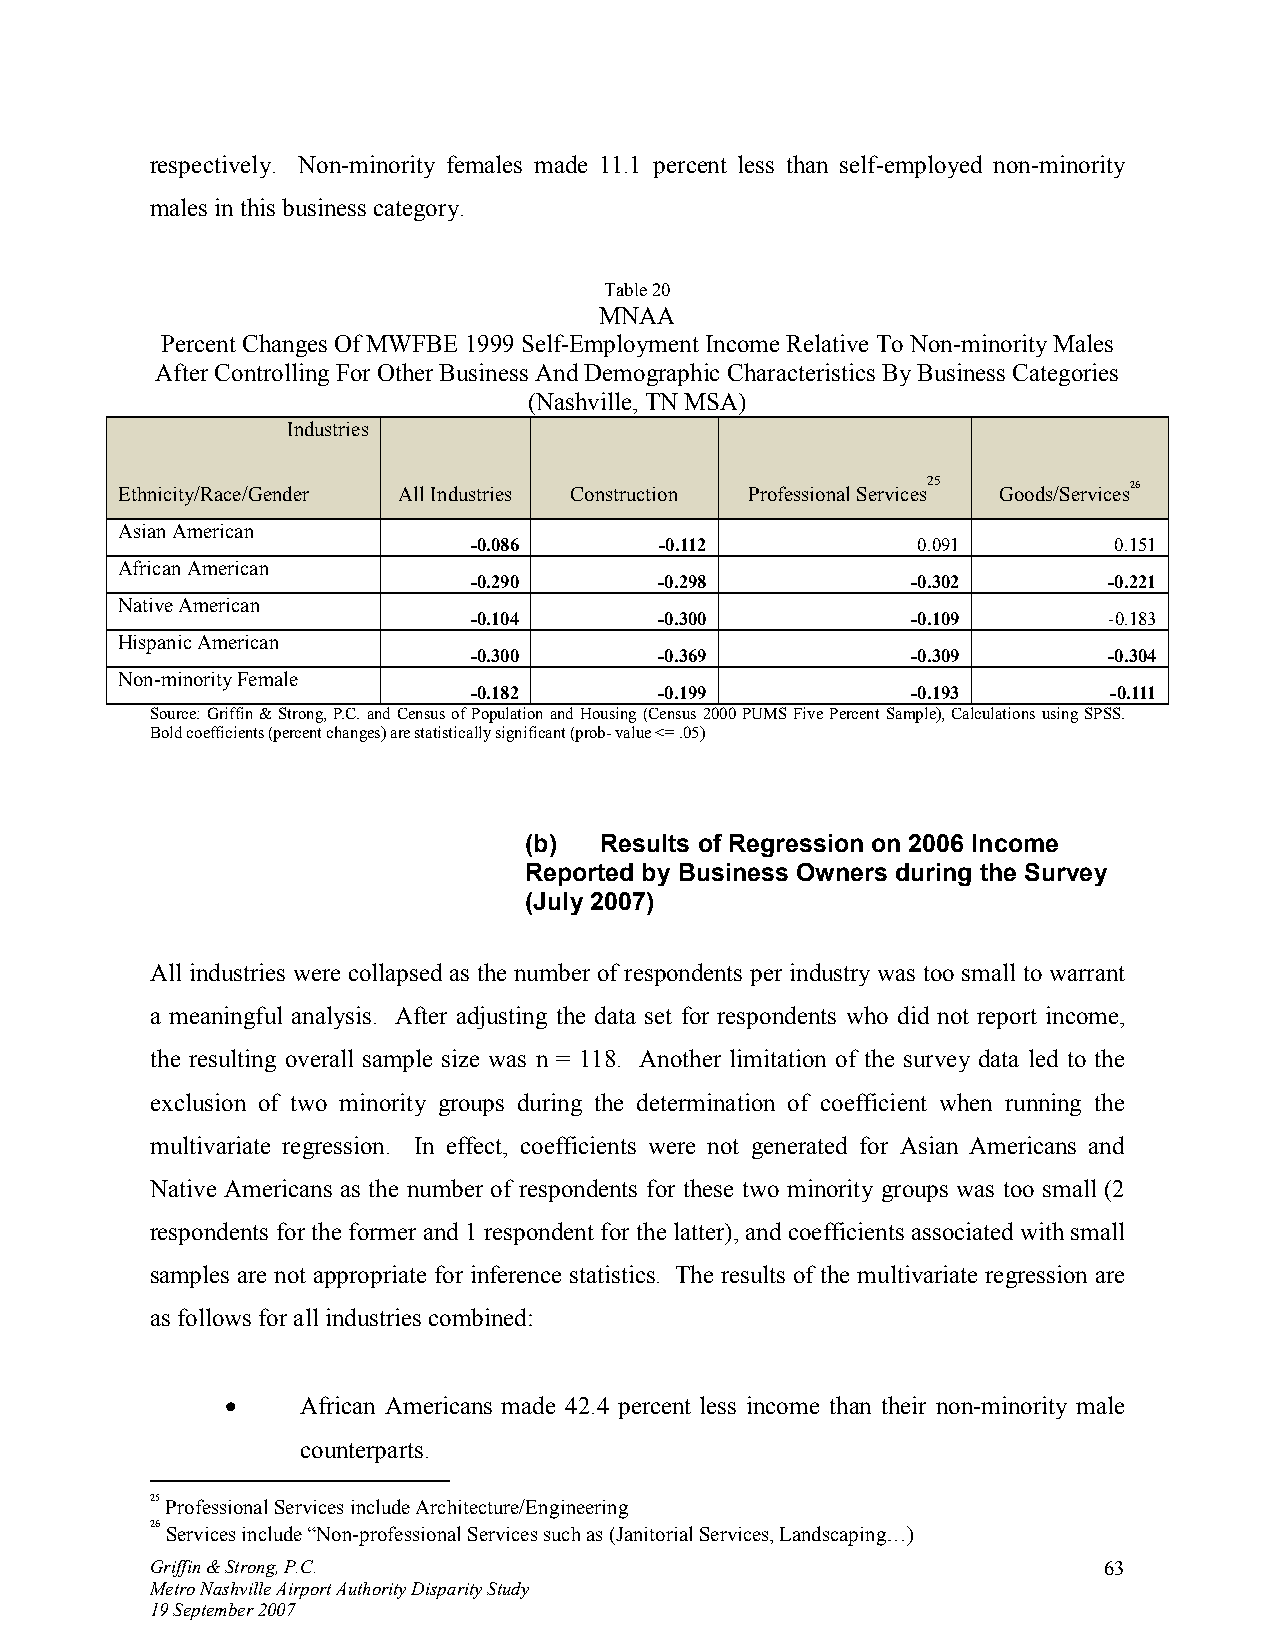
respectively. Non-minority females made 11.1 percent less than self-employed non-minority
 males in this business category.
 Table 20
 MNAA
 Percent Changes Of MWFBE 1999 Self-Employment Income Relative To Non-minority Males
 After Controlling For Other Business And Demographic Characteristics By Business Categories
 (Nashville, TN MSA)
 Industries
 Ethnicity/Race/Gender All Industries Construction Professional Services25 Goods/Services26
 Asian American
 -0.086       -0.112           0.091        0.151
 African American
 -0.290       -0.298          -0.302       -0.221
 Native American
 -0.104       -0.300          -0.109       -0.183
 Hispanic American
 -0.300       -0.369          -0.309       -0.304
 Non-minority Female
 -0.182       -0.199          -0.193        -0.111
 Source: Griffin & Strong, P.C. and Census of Population and Housing (Census 2000 PUMS Five Percent Sample), Calculations using SPSS.
 Bold coefficients (percent changes) are statistically significant (prob- value <= .05)
 (b)  Results of Regression on 2006 Income
 Reported by Business Owners during the Survey
 (July 2007)
 All industries were collapsed as the number of respondents per industry was too small to warrant
 a meaningful analysis. After adjusting the data set for respondents who did not report income,
 the resulting overall sample size was n = 118. Another limitation of the survey data led to the
 exclusion of two minority groups during the determination of coefficient when running the
 multivariate regression. In effect, coefficients were not generated for Asian Americans and
 Native Americans as the number of respondents for these two minority groups was too small (2
 respondents for the former and 1 respondent for the latter), and coefficients associated with small
 samples are not appropriate for inference statistics. The results of the multivariate regression are
 as follows for all industries combined:
 •    African Americans made 42.4 percent less income than their non-minority male
 counterparts.
 25 Professional Services include Architecture/Engineering
 26 Services include “Non-professional Services such as (Janitorial Services, Landscaping…)
 Griffin & Strong, P.C.                                         63
 Metro Nashville Airport Authority Disparity Study
 19 September 2007